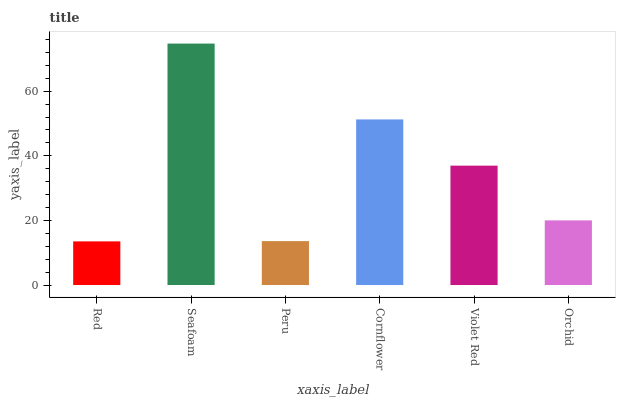
| xaxis_label | bars |
 | --- | --- |
 | Red | 13.5 |
 | Seafoam | 74.7 |
 | Peru | 13.6 |
 | Cornflower | 51.3 |
 | Violet Red | 37 |
 | Orchid | 20 |